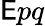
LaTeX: {\textsf{E}}pq